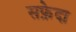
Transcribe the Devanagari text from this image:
सफ़ेदा